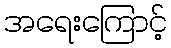
အရေးကြောင့်